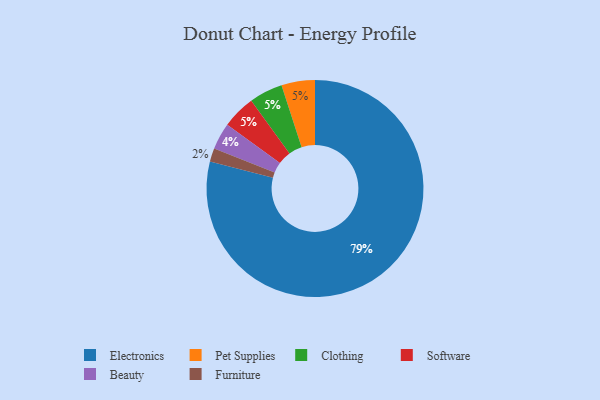
{"axis": {"x": "Category", "y": "Percentage"}, "legend": ["Beauty", "Clothing", "Electronics", "Furniture", "Pet Supplies", "Software"], "data": [{"x": "Furniture", "y": 2, "type": "Furniture"}, {"x": "Pet Supplies", "y": 5, "type": "Pet Supplies"}, {"x": "Clothing", "y": 5, "type": "Clothing"}, {"x": "Beauty", "y": 4, "type": "Beauty"}, {"x": "Electronics", "y": 79, "type": "Electronics"}, {"x": "Software", "y": 5, "type": "Software"}]}